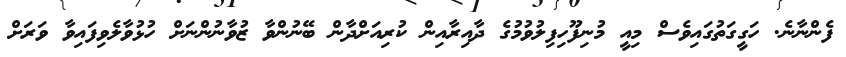
ފެންނާނެ. ހަގީގަތުގައިވެސް މިއީ މުނިފޫހިފިލުވުމުގެ ދާއިރާއިން ކުރިއަށްދާން ބޭނުންވާ ޒުވާނުންނަށް ހުޅުވާލެވިފައިވާ ވަރަށް